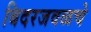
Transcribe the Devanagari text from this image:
बिदरजवळचे